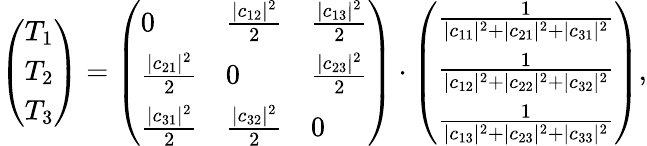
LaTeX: \left(\begin{array}{l}{T_{1}}\\ {T_{2}}\\ {T_{3}}\end{array}\right)=\left(\begin{array}{lll}{0}&{\frac{|c_{12}|^{2}}{2}}&{\frac{|c_{13}|^{2}}{2}}\\ {\frac{|c_{21}|^{2}}{2}}&{0}&{\frac{|c_{23}|^{2}}{2}}\\ {\frac{|c_{31}|^{2}}{2}}&{\frac{|c_{32}|^{2}}{2}}&{0}\end{array}\right)\cdot\left(\begin{array}{l}{\frac{1}{|c_{11}|^{2}+|c_{21}|^{2}+|c_{31}|^{2}}}\\ {\frac{1}{|c_{12}|^{2}+|c_{22}|^{2}+|c_{32}|^{2}}}\\ {\frac{1}{|c_{13}|^{2}+|c_{23}|^{2}+|c_{33}|^{2}}}\end{array}\right),